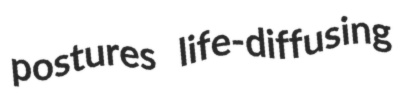
postures life-diffusing